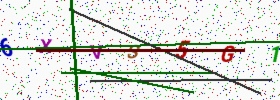
Text: 6XVS5G1